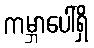
ကမ္ဘာပေါ်ရှိ